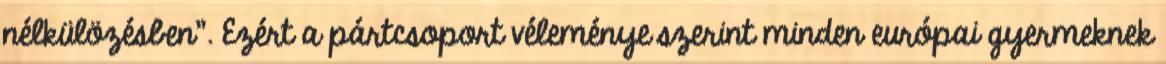
nélkülözésben". Ezért a pártcsoport véleménye szerint minden európai gyermeknek